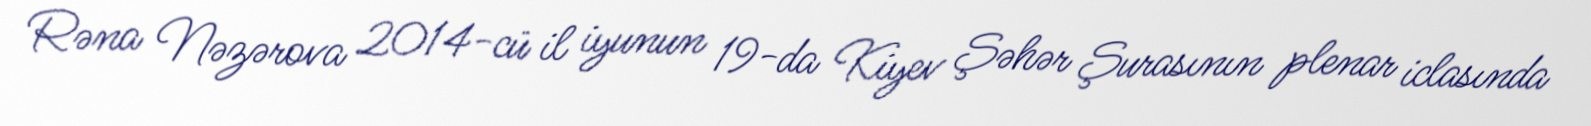
Rəna Nəzərova 2014-cü il iyunun 19-da Kiyev Şəhər Şurasının plenar iclasında